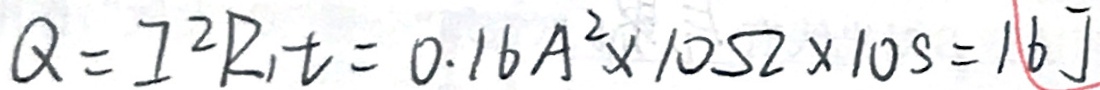
Q = I ^ { 2 } R _ { 1 } t = 0 . 1 6 A ^ { 2 } \times 1 0 \Omega \times 1 0 s = 1 6 J